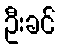
ဦးခင်